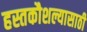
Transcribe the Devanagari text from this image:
हस्तकौशल्यासाठी